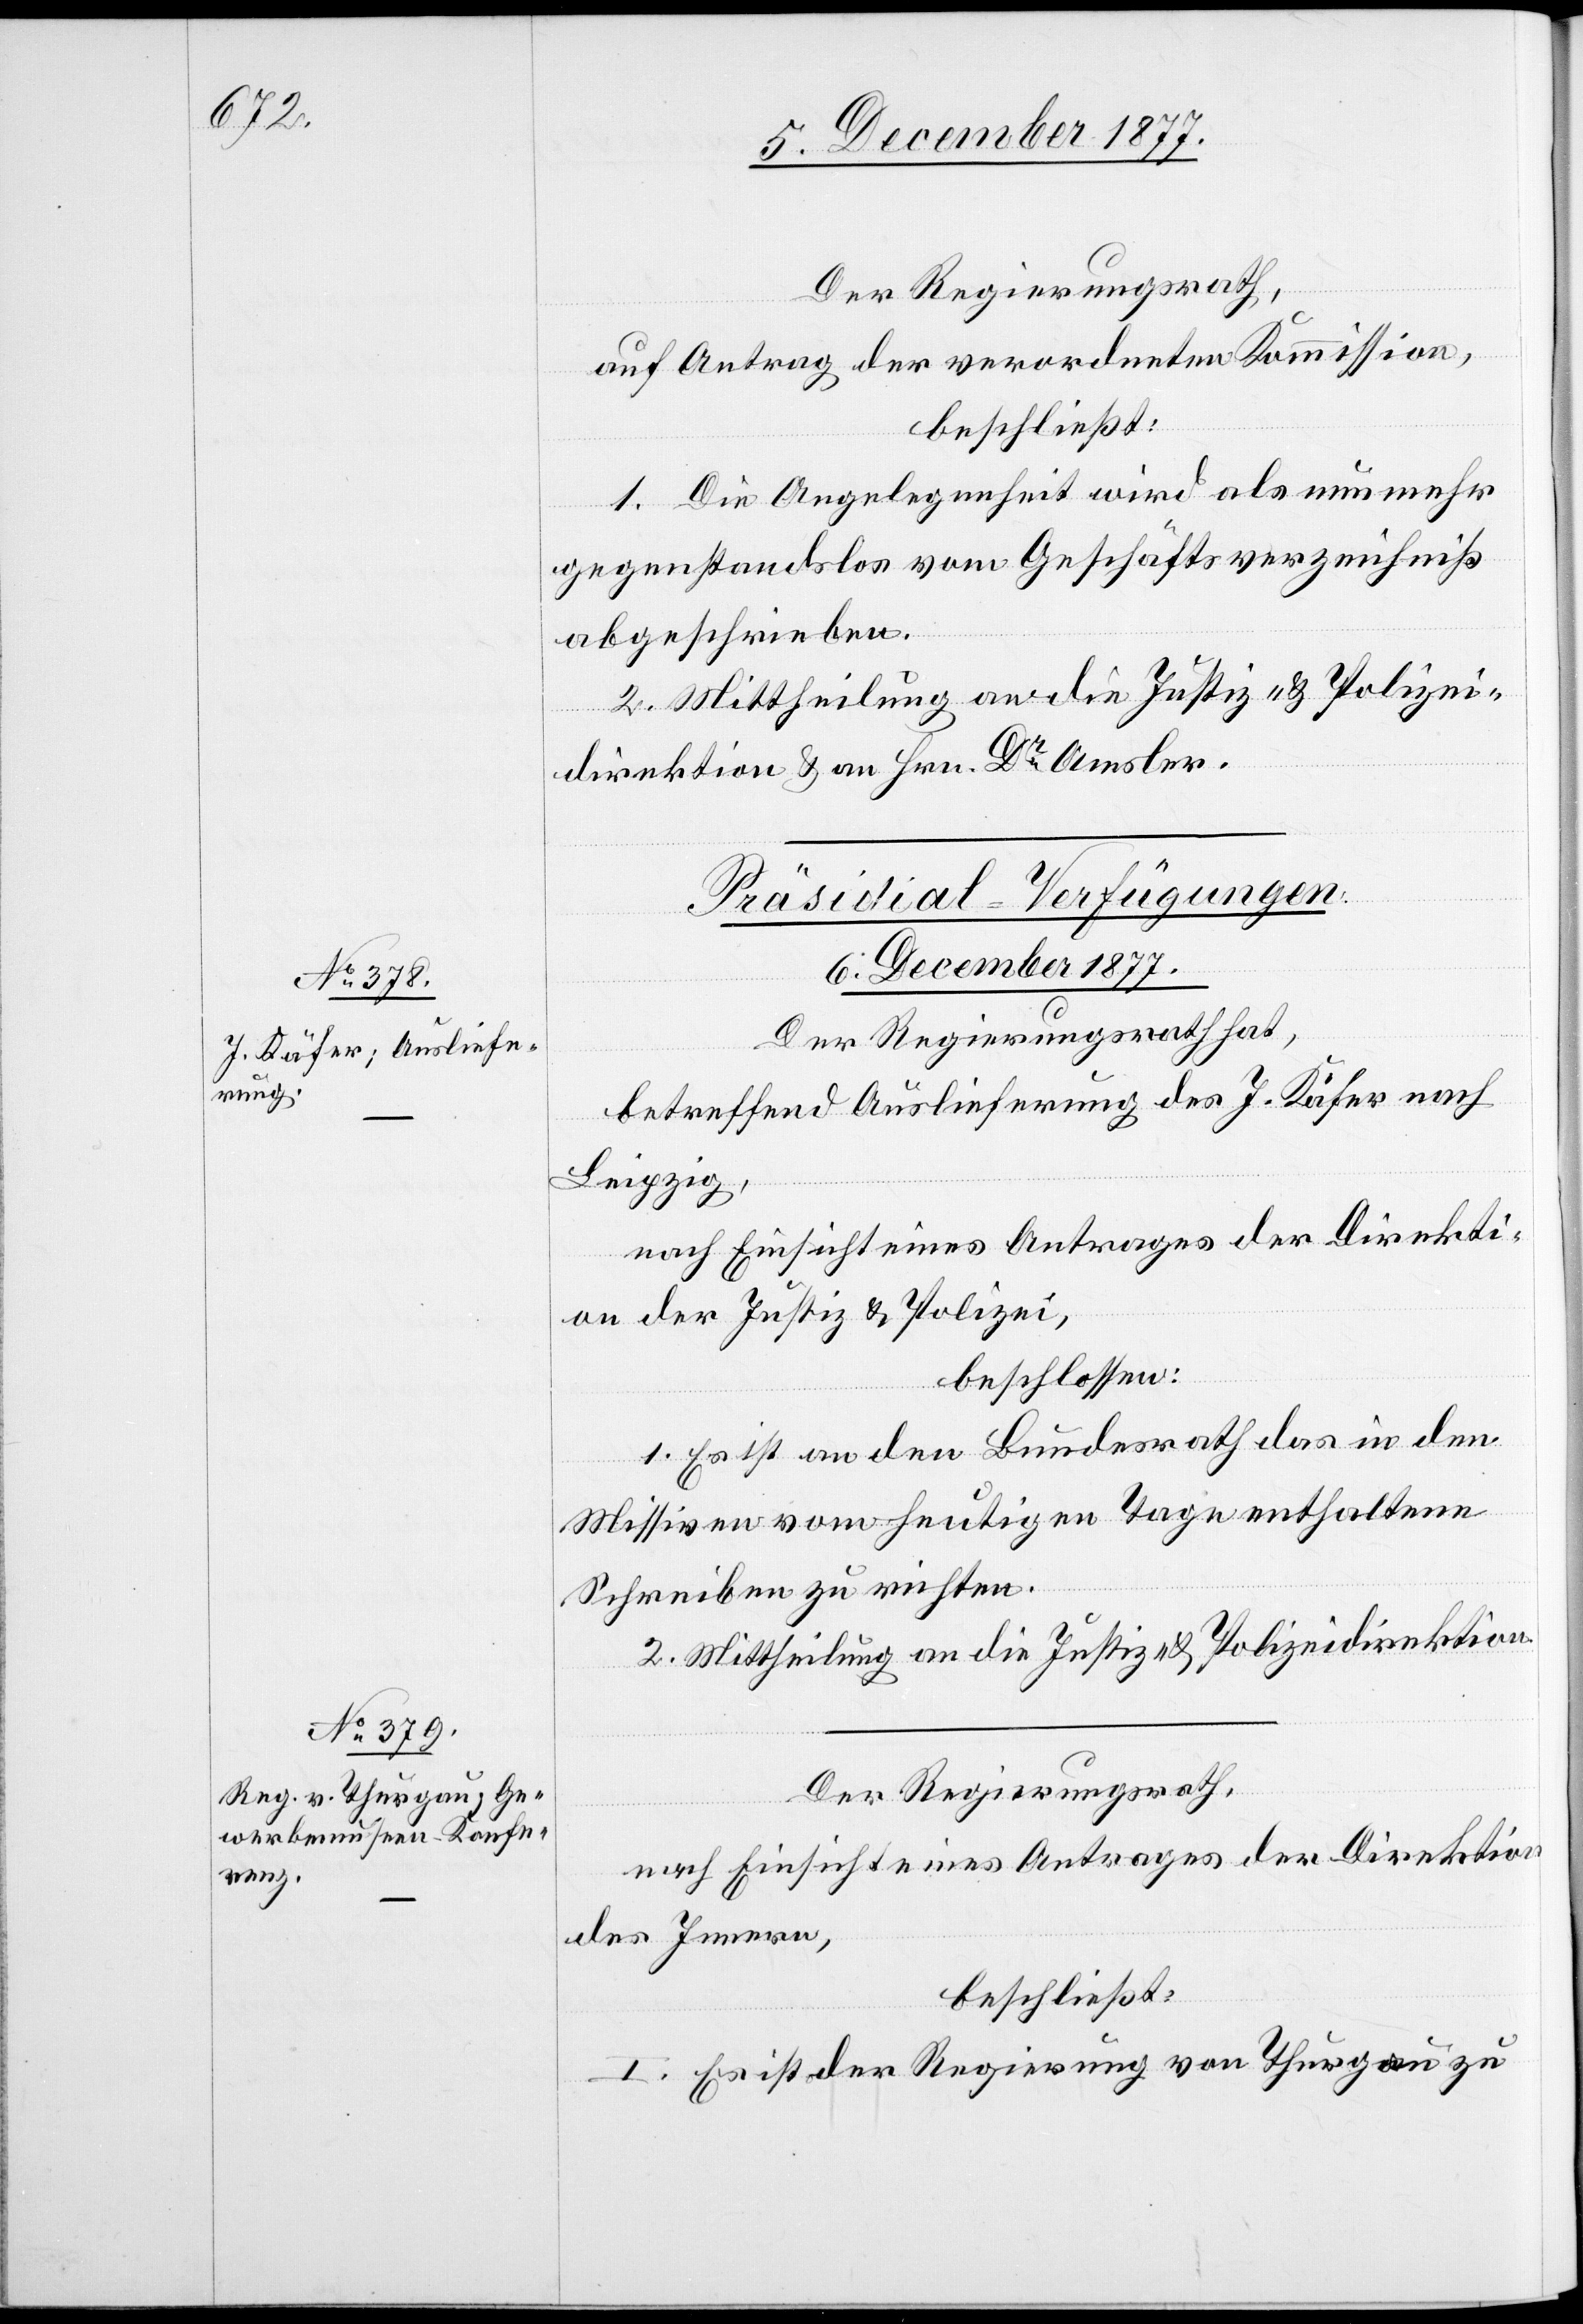
6. December 1877.]
Der Regierungsrath,
auf Antrag der verordneten Kommission,
beschließt:
1. Die Angelegenheit wird als nunmehr
gegenstandslos vom Geschäftsverzeichniß
abgeschrieben.
2. Mittheilung an die Justiz- & Polizei¬
direktion & an Hrn. Dr Amsler.
[Präsidial-Verfügungen.
Der Regierungsrath hat,
betreffend Auslieferung des J. Käfer nach
Leipzig,
nach Einsicht eines Antrages der Direkti¬
on der Justiz & Polizei,
beschlossen:
1. Es ist an den Bundesrath das in den
Missiven vom heutigen Tage enthaltene
Schreiben zu richten.
2. Mittheilung an die Justiz- & Polizeidirektion.
nach Einsicht eines Antrages der Direktion
des Innern,
beschließt:
I. Es ist der Regierung von Thurgau zu